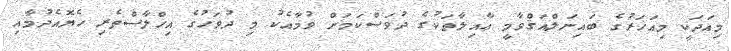
މިއަދަކީ މިއަހަރުގެ ބައިނަލްއަޤްވާމީ ޢާއިލާތަކުގެ ދުވަސްކަމަށް ވުމާއެކު މި ދުވަހުގެ އިޚްލާސްތެރި ހެޔޮއެދުމާއި